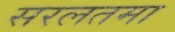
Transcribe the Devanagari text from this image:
सरलतमा